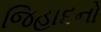
જિહાદનો